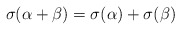
\begin{align*}\sigma(\alpha+\beta)=\sigma(\alpha)+\sigma(\beta)\end{align*}